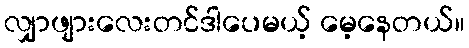
လျှာဖျားလေးတင်ဒါပေမယ့် မေ့နေတယ်။